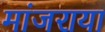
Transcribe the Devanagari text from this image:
मांजराया